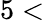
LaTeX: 5<